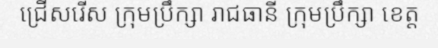
ជ្រើសរើស ក្រុមប្រឹក្សា រាជធានី ក្រុមប្រឹក្សា ខេត្ត